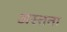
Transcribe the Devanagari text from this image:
अस्तता